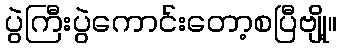
ပွဲကြီးပွဲကောင်းတော့စပြီဗျို့။